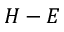
H - E